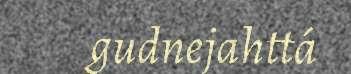
gudnejahttá